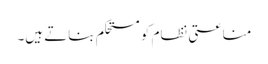
مناعتی نظام کو مستحکم بناتے ہیں۔